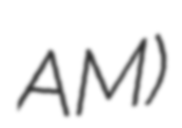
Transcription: AM)